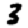
Digit: 3